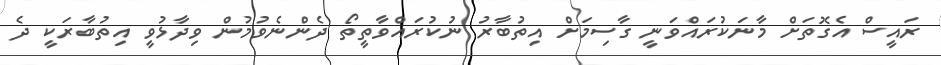
ރައީސް އެގޮތަށް މާނަކުރައްވަނީ ގާސިމަށް އިތުބާރު ނުކުރައްވާތީތޯ ދެންނެވުމުން ވިދާޅުވީ އިތުބާރަކީ ދެ